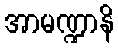
အာမဏ္ဍာနိ